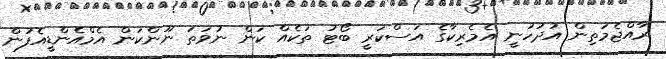
ރާއްޖެމަތިން އުދުހުނީ އެމެރިކާގެ އަސްކަރީ ބޯޓު ތަކެއް ކަން ނުވަތަ ނޫންކަން އެމްއެންޑީއެފުން